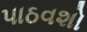
પાઠવશો